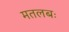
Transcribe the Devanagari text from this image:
मतलबः